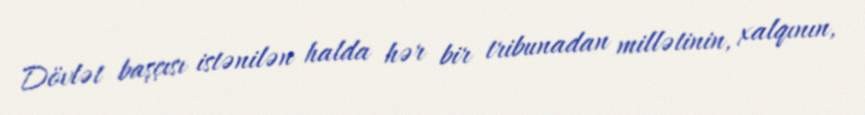
Dövlət başçısı istənilən halda hər bir tribunadan millətinin, xalqının,